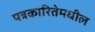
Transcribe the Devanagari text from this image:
पत्रकारितेमधील